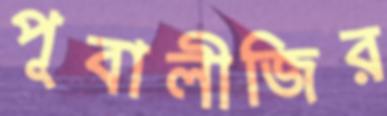
পূবালীজির